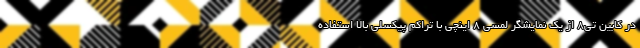
در کابین تی8 از یک نمایشگر لمسی 8 اینچی با تراکم پیکسلی بالا استفاده